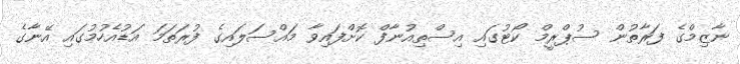
ނާޒިމްގެ ފަރާތުން ސުޕްރީމް ކޯޓުގައި އިސްތިއުނާފް ކޮށްފައިވާ މައްސަލައިގެ ފުރަތަމަ އަޑުއެހުމުގައި އޭނާގެ